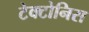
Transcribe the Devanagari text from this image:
टेक्टोनिस